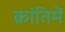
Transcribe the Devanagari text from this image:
क्रांतिमें